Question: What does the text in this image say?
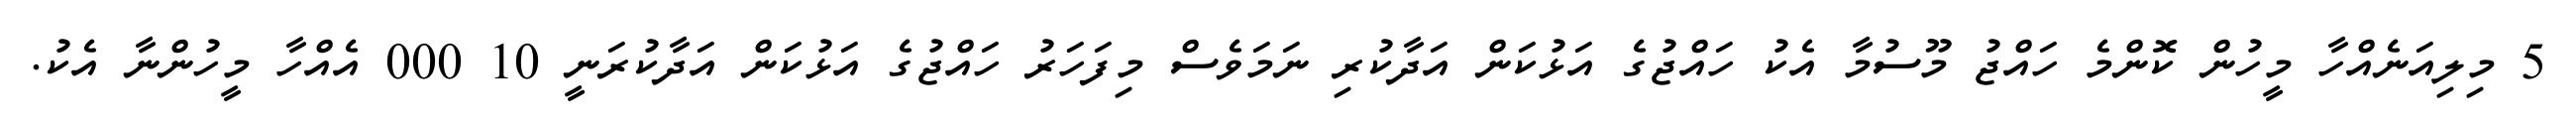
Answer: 5 މިލިއަނެއްހާ މީހުން ކޮންމެ ހައްޖު މޫސުމާ އެކު ހައްޖުގެ އަޅުކަން އަދާކުރި ނަމަވެސް މިފަހަރު ހައްޖުގެ އަޅުކަން އަދާކުރަނީ 10 000 އެއްހާ މީހުންނާ އެކު.